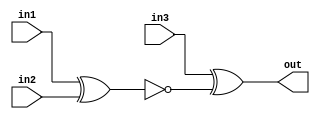
module top_module (
    input in1,
    input in2,
    input in3,
    output out);
 wire out1;
    
    assign out1 = ~(in1^in2);
    
assign out = in3^ out1;
endmodule